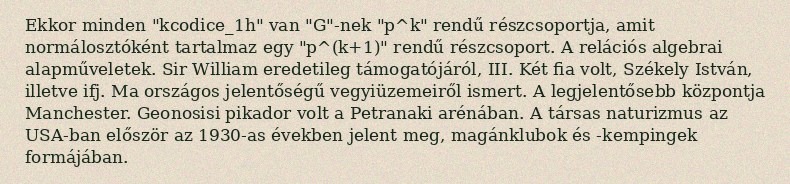
Ekkor minden "kcodice_1h" van "G"-nek "p^k" rendű részcsoportja, amit normálosztóként tartalmaz egy "p^(k+1)" rendű részcsoport. A relációs algebrai alapműveletek. Sir William eredetileg támogatójáról, III. Két fia volt, Székely István, illetve ifj. Ma országos jelentőségű vegyiüzemeiről ismert. A legjelentősebb központja Manchester. Geonosisi pikador volt a Petranaki arénában. A társas naturizmus az USA-ban először az 1930-as években jelent meg, magánklubok és -kempingek formájában.